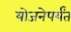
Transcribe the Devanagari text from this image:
योजनेपर्यंत